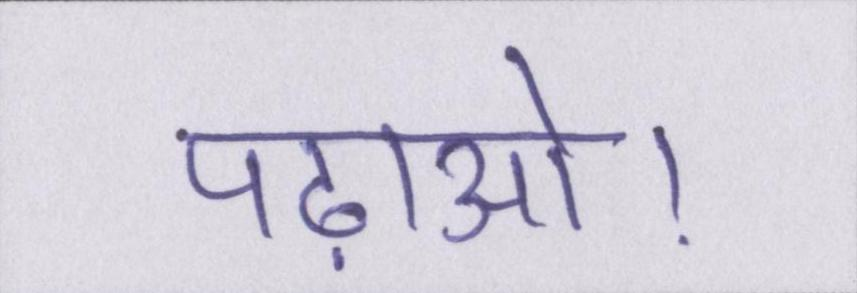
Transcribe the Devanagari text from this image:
पढ़ाओ।